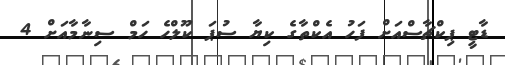
ޑާޓީ ޕިކްޗާސްއަށް ފަހު އެކްތާގެ ކިޔާ ސުޕަ ކޫލްހެ ހަމް ސިނާމާއަށް 4